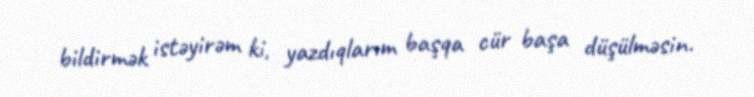
bildirmək istəyirəm ki, yazdıqlarım başqa cür başa düşülməsin.